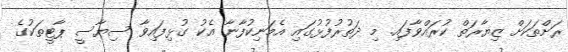
ރަށްތަކަށް ޒިޔާރަތް ކުރައްވާފައި. މި ދަތުރުފުޅުގައި އެމަނިކުފާނާ އެކު ގުޅިފައިވާ ސިޔާސީ ޕާޓީތަކުގެ